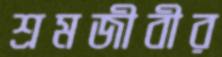
শ্রমজীবীর